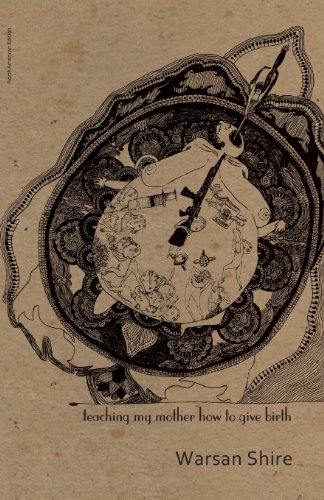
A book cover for Teaching My Mother How to Give Birth (Mouthmark); Warsan Shire; Literature & Fiction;